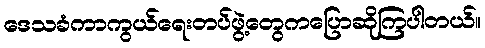
ဒေသခံကာကွယ်ရေးတပ်ဖွဲ့တွေကပြောဆိုကြပါတယ်။